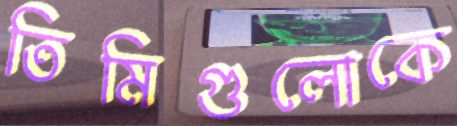
তিমিগুলোকে